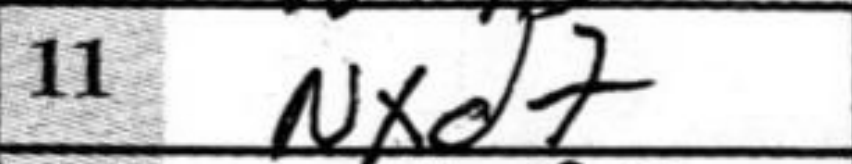
Transcription: Nxd7